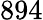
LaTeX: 894